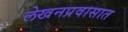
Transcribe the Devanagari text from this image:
लेखनप्रवासात